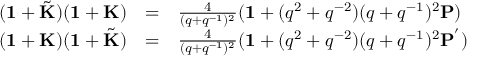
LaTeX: \begin{array} { r c l } { { ( { \bf 1 } + \tilde { \bf K } ) ( { \bf 1 } + { \bf K } ) } } & { { = } } & { { \frac { 4 } { ( q + q ^ { - 1 } ) ^ { 2 } } ( { \bf 1 } + ( q ^ { 2 } + q ^ { - 2 } ) ( q + q ^ { - 1 } ) ^ { 2 } { \bf P } ) } } \\ { { ( { \bf 1 } + { \bf K } ) ( { \bf 1 } + \tilde { \bf K } ) } } & { { = } } & { { \frac { 4 } { ( q + q ^ { - 1 } ) ^ { 2 } } ( { \bf 1 } + ( q ^ { 2 } + q ^ { - 2 } ) ( q + q ^ { - 1 } ) ^ { 2 } { \bf P } ^ { ' } ) } } \end{array}